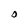
Character: O